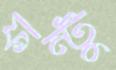
ফন্টু